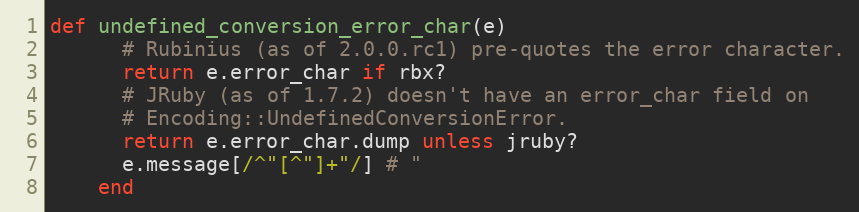
Language: Ruby
def undefined_conversion_error_char(e)
      # Rubinius (as of 2.0.0.rc1) pre-quotes the error character.
      return e.error_char if rbx?
      # JRuby (as of 1.7.2) doesn't have an error_char field on
      # Encoding::UndefinedConversionError.
      return e.error_char.dump unless jruby?
      e.message[/^"[^"]+"/] # "
    end